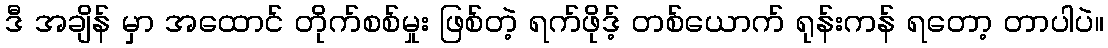
ဒီ အချိန် မှာ အထောင် တိုက်စစ်မှုး ဖြစ်တဲ့ ရက်ဖိုဒ့် တစ်ယောက် ရုန်းကန် ရတော့ တာပါပဲ။